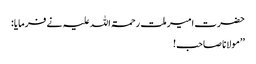
حضرت امیر ملت رحمۃ اللہ علیہ نے فرمایا:
’’مولانا صاحب!